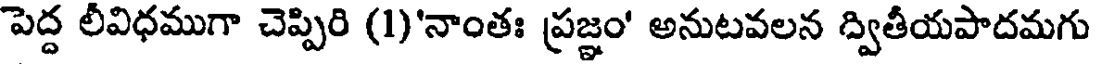
పెద్ద లీవిధముగా చెప్పిరి (1)'నాంతః ప్రజ్ఞం' అనుటవలన ద్వితీయపాదమగు